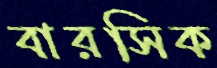
বারসিক